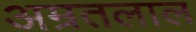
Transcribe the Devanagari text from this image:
अम्रतलाल